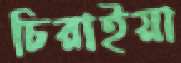
চিরাইয়া